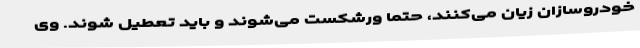
خودروسازان زیان می‌کنند، حتما ورشکست می‌شوند و باید تعطیل شوند. وی